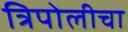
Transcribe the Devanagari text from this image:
त्रिपोलीचा